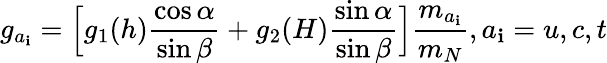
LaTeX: g_{a_{\mathbf{i}}}=\Bigl[g_{1}(h)\frac{{\cos\alpha}}{{\sin\beta}}+g_{2}(H)\frac{{\sin\alpha}}{{\sin\beta}}\Bigr]\frac{{m_{a_{\mathbf{i}}}}}{{m_{N}}},a_{\mathbf{i}}=u,c,t